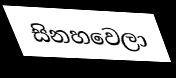
සිනහවෙලා